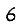
Digit: 6